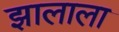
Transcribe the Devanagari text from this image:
झालाला